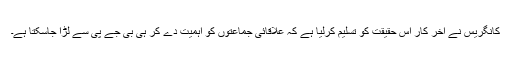
کانگریس نے آخر کار اس حقیقت کو تسلیم کرلیا ہے کہ علاقائی جماعتوں کو اہمیت دے کر ہی بی جے پی سے لڑا جاسکتا ہے۔